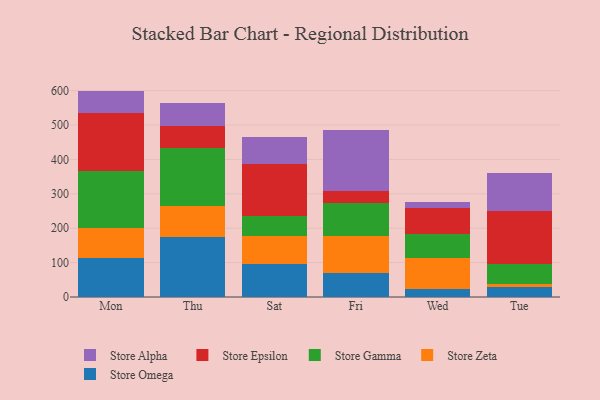
{"axis": {"x": "Day", "y": "Customer Acquisition Cost (USD)"}, "legend": ["Store Alpha", "Store Epsilon", "Store Gamma", "Store Omega", "Store Zeta"], "data": [{"x": "Mon", "y": 114.6, "type": "Store Omega"}, {"x": "Mon", "y": 85.5, "type": "Store Zeta"}, {"x": "Mon", "y": 167.2, "type": "Store Gamma"}, {"x": "Mon", "y": 168.0, "type": "Store Epsilon"}, {"x": "Mon", "y": 64.0, "type": "Store Alpha"}, {"x": "Thu", "y": 174.1, "type": "Store Omega"}, {"x": "Thu", "y": 89.8, "type": "Store Zeta"}, {"x": "Thu", "y": 168.8, "type": "Store Gamma"}, {"x": "Thu", "y": 63.8, "type": "Store Epsilon"}, {"x": "Thu", "y": 68.6, "type": "Store Alpha"}, {"x": "Sat", "y": 95.4, "type": "Store Omega"}, {"x": "Sat", "y": 81.6, "type": "Store Zeta"}, {"x": "Sat", "y": 59.6, "type": "Store Gamma"}, {"x": "Sat", "y": 151.1, "type": "Store Epsilon"}, {"x": "Sat", "y": 77.0, "type": "Store Alpha"}, {"x": "Fri", "y": 70.9, "type": "Store Omega"}, {"x": "Fri", "y": 106.7, "type": "Store Zeta"}, {"x": "Fri", "y": 95.1, "type": "Store Gamma"}, {"x": "Fri", "y": 36.5, "type": "Store Epsilon"}, {"x": "Fri", "y": 175.9, "type": "Store Alpha"}, {"x": "Wed", "y": 22.8, "type": "Store Omega"}, {"x": "Wed", "y": 90.2, "type": "Store Zeta"}, {"x": "Wed", "y": 70.7, "type": "Store Gamma"}, {"x": "Wed", "y": 75.6, "type": "Store Epsilon"}, {"x": "Wed", "y": 15.7, "type": "Store Alpha"}, {"x": "Tue", "y": 30.0, "type": "Store Omega"}, {"x": "Tue", "y": 7.9, "type": "Store Zeta"}, {"x": "Tue", "y": 57.8, "type": "Store Gamma"}, {"x": "Tue", "y": 154.0, "type": "Store Epsilon"}, {"x": "Tue", "y": 111.4, "type": "Store Alpha"}]}